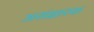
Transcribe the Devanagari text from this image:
असंक्षारक